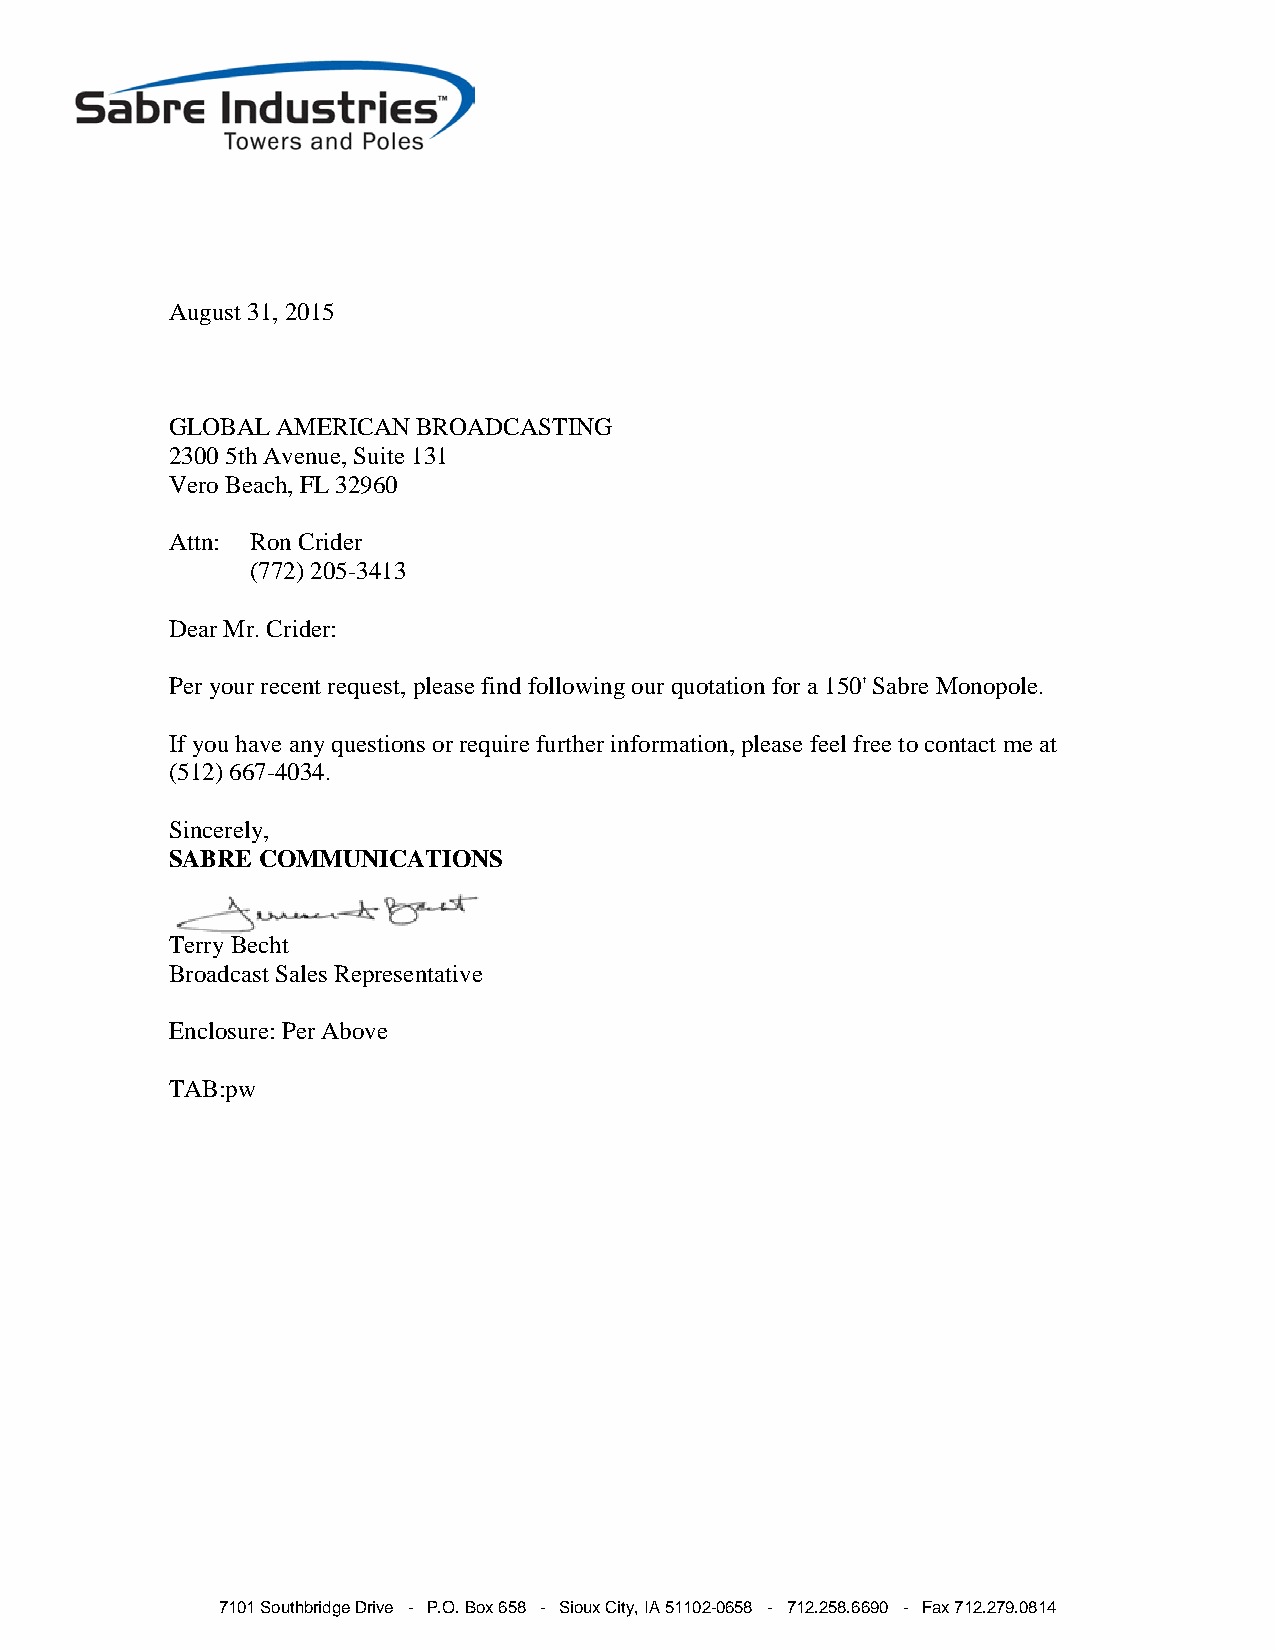
August 31, 2015
 GLOBAL AMERICAN  BROADCASTING
 2300 5th Avenue, Suite 131
 Vero Beach, FL 32960
 Attn: Ron Crider
 (772) 205-3413
 Dear Mr. Crider:
 Per your recent request, please find following our quotation for a 150' Sabre Monopole.
 If you have any questions or require further information, please feel free to contact me at
 (512) 667-4034.
 Sincerely,
 SABRE COMMUNICATIONS
 Terry Becht
 Broadcast Sales Representative
 Enclosure: Per Above
 TAB:pw
 7101 Southbridge Drive - P.O. Box 658 - Sioux City, IA 51102-0658 - 712.258.6690 - Fax 712.279.0814